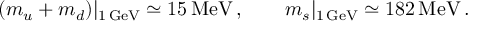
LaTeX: ( m _ { u } + m _ { d } ) \vert _ { 1 \, \mathrm { G e V } } \simeq 1 5 \, \mathrm { M e V } \, , \qquad m _ { s } \vert _ { 1 \, \mathrm { G e V } } \simeq 1 8 2 \, \mathrm { M e V } \, .